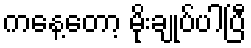
ကနေ့တော့ မိုးချုပ်ပါပြီ